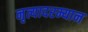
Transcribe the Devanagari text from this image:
नृत्यादरम्यान